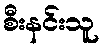
စီးနင်းသူ